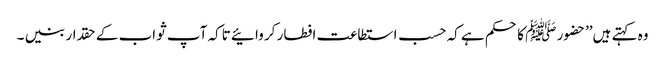
وہ کہتے ہیں’’حضور ﷺ کا حکم ہے کہ حسب استطاعت افطار کر وائیے تاکہ آپ ثواب کے حقدار بنیں ۔